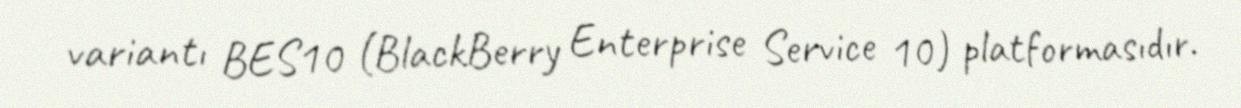
variantı BES10 (BlackBerry Enterprise Service 10) platformasıdır.